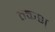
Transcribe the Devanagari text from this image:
तकश्